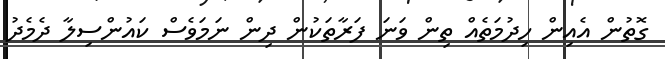
ގޮތުން އެއިން ހިދުމަތެއް ތިން ވަނަ ފަރާތަކުން ދިން ނަމަވެސް ކައުންސިލާ ދެމެދު